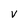
Character: v